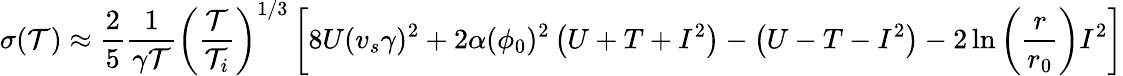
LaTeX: \sigma(\mathcal{T})\approx\frac{{2}}{{5}}\frac{{1}}{{\gamma\mathcal{T}}}\left(\frac{{\mathcal{T}}}{{\mathcal{T}_{i}}}\right)^{1/3}\left[8U(v_{s}\gamma)^{2}+2\alpha(\phi_{0})^{2}\left(U+T+I^{2}\right)-\left(U-T-I^{2}\right)-2\ln\left(\frac{{r}}{{r_{0}}}\right)I^{2}\right]